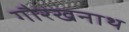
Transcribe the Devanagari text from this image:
गौरखनाथ